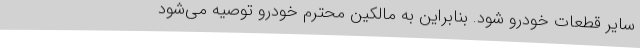
سایر قطعات خودرو شود. بنابراین به مالکین محترم خودرو توصیه می‌شود